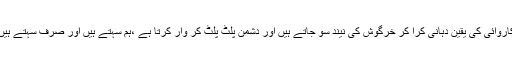
کاروائی کی یقین دہانی کرا کر خرگوش کی نیند سو جاتے ہیں اور دشمن پلٹ پلٹ کر وار کرتا ہے ،ہم سہتے ہیں اور صرف سہتے ہیں۔